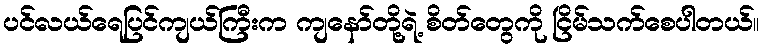
ပင်လယ်ရေပြင်ကျယ်ကြီးက ကျနော်တို့ရဲ့ စိတ်တွေကို ငြိမ်သက်စေပါတယ်။